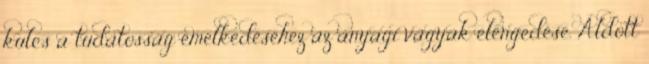
kulcs a tudatosság emelkedéséhez az anyagi vágyak elengedése. Áldott